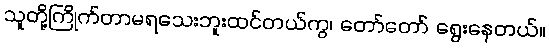
သူတို့ကြိုက်တာမရသေးဘူးထင်တယ်ကွ၊ တော်တော် ရွေးနေတယ်။